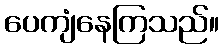
ပေကျံနေကြသည်။